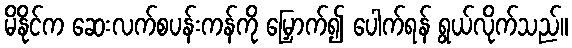
မိနိုင်က ဆေးလက်စပန်းကန်ကို မြှောက်၍ ပေါက်ရန် ရွယ်လိုက်သည်။